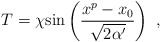
\begin{align*}T = \chi {\rm sin}\left({x^p-x_0\over\sqrt{2\alpha'}}\right)\ , \end{align*}